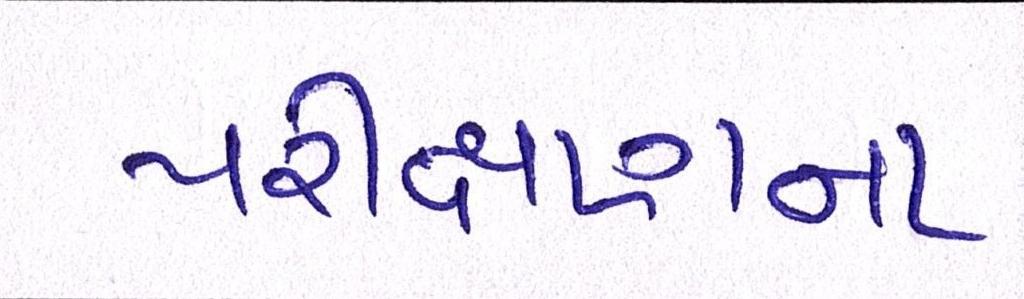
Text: પરીક્ષણના